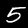
Digit: 5